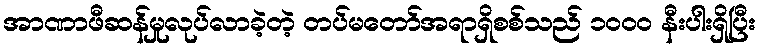
အာဏာဖီဆန်မှုလုပ်လာခဲ့တဲ့ တပ်မတော်အရာရှိစစ်သည် ၁၀၀၀ နီးပါးရှိပြီး